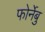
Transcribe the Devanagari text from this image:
फोर्नेबु